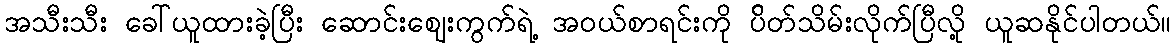
အသီးသီး ခေါ်ယူထားခဲ့ပြီး ဆောင်းဈေးကွက်ရဲ့ အဝယ်စာရင်းကို ပ်ိတ်သိမ်းလိုက်ပြီလို့ ယူဆနိုင်ပါတယ်။